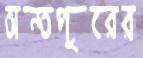
অন্তপুরের